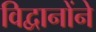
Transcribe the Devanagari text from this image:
विद्वानोंने